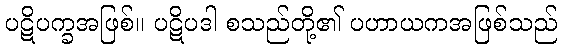
ပဋိပက္ခအဖြစ်။ ပဋိပဒါ စသည်တို့၏ ပဟာယကအဖြစ်သည်